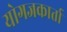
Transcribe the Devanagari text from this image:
योगजकार्ता